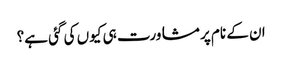
ان کے نام پر مشاورت ہی کیوں کی گئی ہے؟